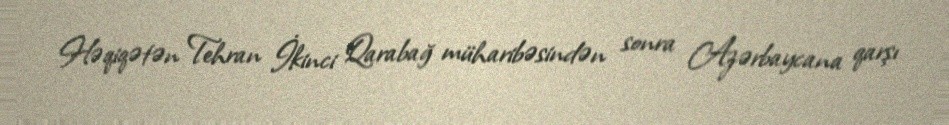
Həqiqətən Tehran İkinci Qarabağ müharibəsindən sonra Azərbaycana qarşı